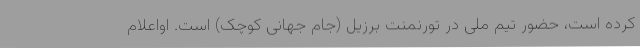
کرده است، حضور تیم ملی در تورنمنت برزیل (جام جهانی کوچک) است. اواعلام